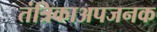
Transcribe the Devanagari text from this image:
तंत्रिकाअपजनक